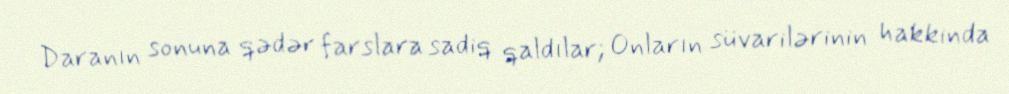
Daranın sonuna qədər farslara sadiq qaldılar; Onların süvarilərinin hakkinda